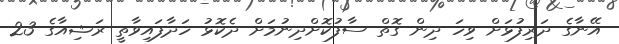
އޭނާގެ ދަރިފުޅަށް ވިހަ ދިން ގޮތް ސާފުކޮށްދިނުމަށް ދެކޮޅު ހަދާފައިވާތީ ރަޝިއާގެ 23